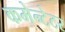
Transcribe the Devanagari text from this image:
कमेन्टेटर